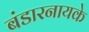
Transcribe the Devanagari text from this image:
बंडारनायके